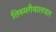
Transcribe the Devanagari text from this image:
तिरुमगैयालवार